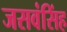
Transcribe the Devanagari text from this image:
जसवंसिंह